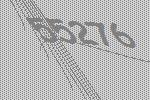
55276